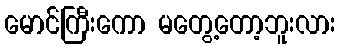
မောင်ကြီးကော မတွေ့တော့ဘူးလား